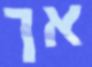
אך